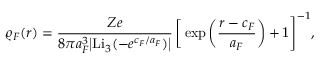
\varrho _ { F } ( r ) = \frac { Z e } { 8 \pi a _ { F } ^ { 3 } \big | \mathrm { L i } _ { 3 } ( - e ^ { c _ { F } / a _ { F } } ) \big | } \, \bigg [ \exp \bigg ( \frac { r - c _ { F } } { a _ { F } } \bigg ) + 1 \Bigg ] ^ { - 1 } ,